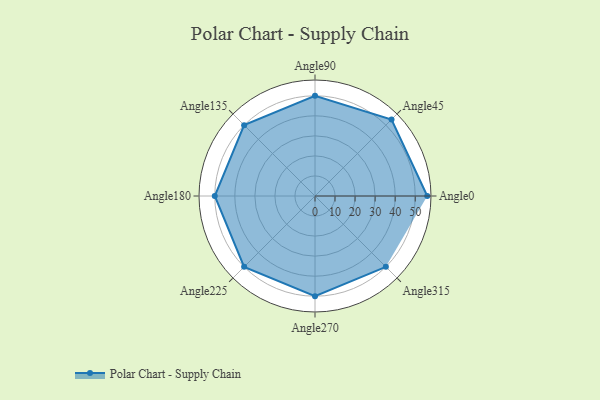
{"axis": {"x": "Angle", "y": "Radius"}, "legend": [""], "data": [{"x": "Angle0", "y": 56.0, "type": ""}, {"x": "Angle45", "y": 54.0, "type": ""}, {"x": "Angle90", "y": 50, "type": ""}, {"x": "Angle135", "y": 50, "type": ""}, {"x": "Angle180", "y": 50, "type": ""}, {"x": "Angle225", "y": 50, "type": ""}, {"x": "Angle270", "y": 50, "type": ""}, {"x": "Angle315", "y": 50, "type": ""}]}